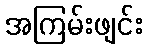
အကြမ်းဖျင်း